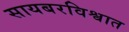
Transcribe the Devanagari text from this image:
सायबरविश्वात